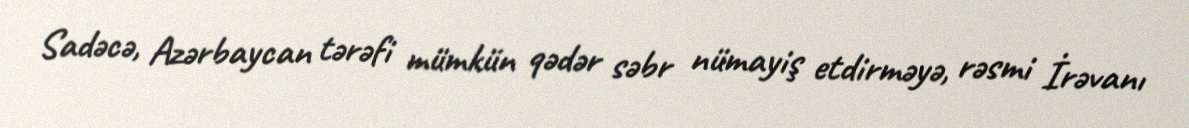
Sadəcə, Azərbaycan tərəfi mümkün qədər səbr nümayiş etdirməyə, rəsmi İrəvanı